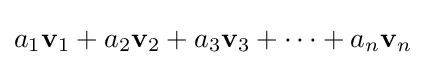
a_{1}\mathbf {v} _{1}+a_{2}\mathbf {v} _{2}+a_{3}\mathbf {v} _{3}+\cdots +a_{n}\mathbf {v} _{n}